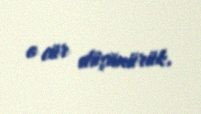
o cür düşünürük.